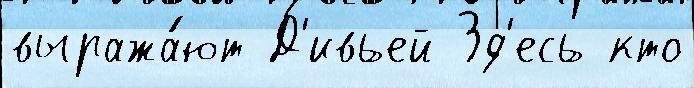
выража́ют Д'ивьей Зд'есь кто